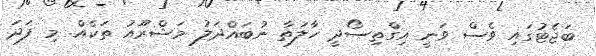
ބަޖެޓުގައި ވެސް ވަނީ އިގްތިސޯދީ ހާލަތާ ނުބައްދަލު މަޝްރޫއު ތަކެއް. މި ފަދަ